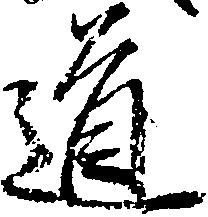
道